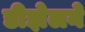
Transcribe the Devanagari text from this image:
डीझेलने